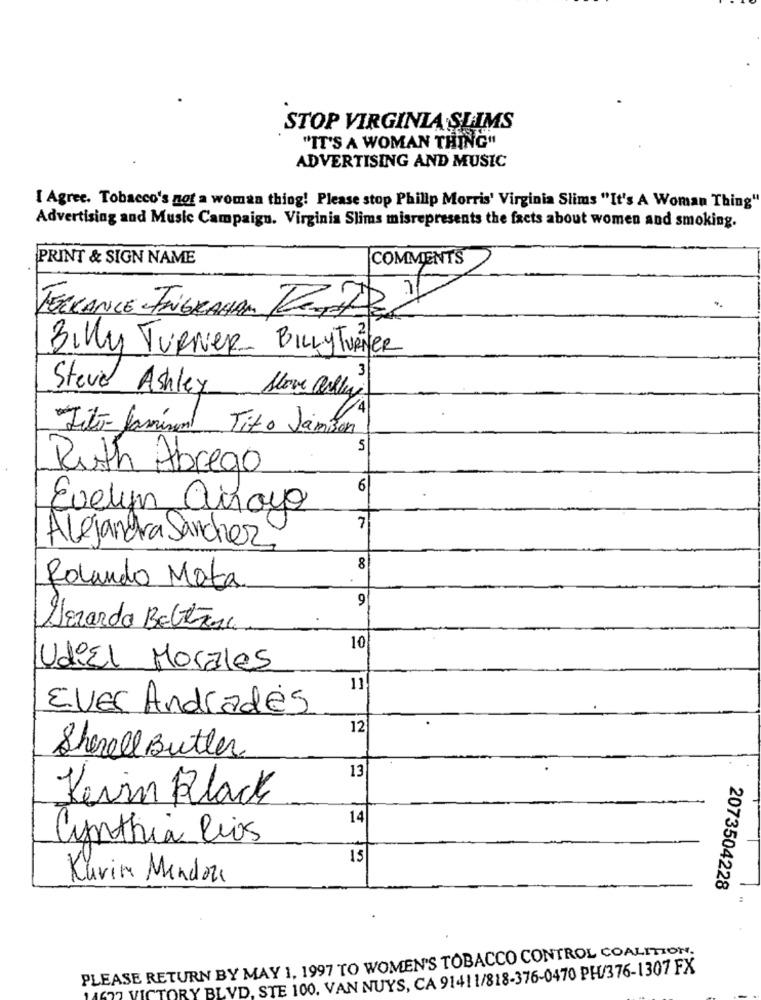
STOP VIRGINIA SLIMS
"IT'S A WOMAN THING"
ADVERTISING AND MUSIC
[ Agree. Tobacco's not a womaa thing! Please stop Philip Morris' Virginia Slims "It's A Woman Thing"
Advertising and Music Campaigu. Virginia Slims misrepresents the facts about women and smoking.
PRINT & SIGN NAME
COMMENTS
TERRANCE INGRAHAM TODOS
Billy TURNER- BILLYTURNER
Steve Ashley Stove Relli
Tito- Jaminal Tito Jamison
5
Ruth Abrego
6
Evelyn arroyo
7
Alejandra Sanchez
8
Rolando Mota
9
Sorardo BoltRue
10
UdiEl Morales
11
EVES Andrades
12
Shezell Butter
13
Kevin Klack
14
Cynthia Rios
15
Karim Mendon
2073504228
PLEASE RETURN BY MAY 1, 1997 TO WOMEN'S TOBACCO CONTROL COALITION.
VICTORY BLVD. STE 100. VAN NUYS, CA 91411/818-376-0470 PH/376-1307 FX